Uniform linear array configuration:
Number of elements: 32
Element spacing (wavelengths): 0.75
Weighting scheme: uniform
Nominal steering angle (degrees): -60
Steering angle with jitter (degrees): -59.078
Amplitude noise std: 0.05
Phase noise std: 0.05

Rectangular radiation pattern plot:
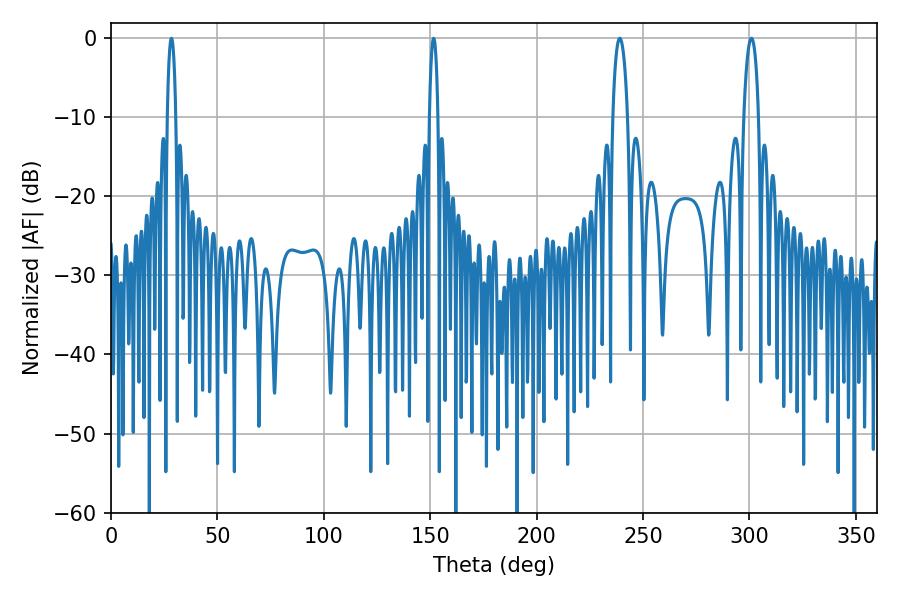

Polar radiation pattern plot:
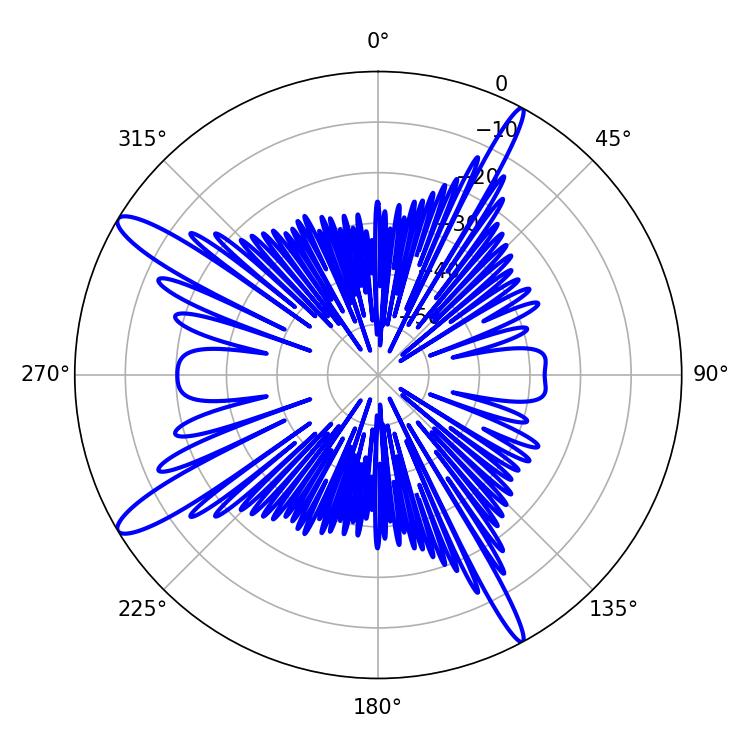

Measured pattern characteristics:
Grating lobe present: TRUE
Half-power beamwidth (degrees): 3.78
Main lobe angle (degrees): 239.04